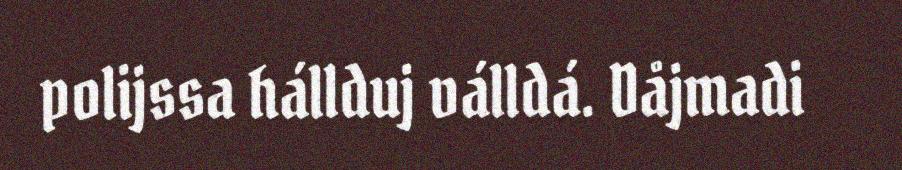
polijssa hállduj válldá. Dåjmadi